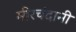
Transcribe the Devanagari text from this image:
मीरचंदानी